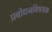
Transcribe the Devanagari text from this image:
प्रबोधनविषयक